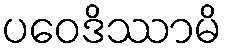
ပဝေဒိဿာမိ